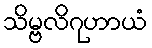
သိမ္ဗလိဂုဟာယံ